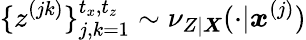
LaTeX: \{ z^{(jk)}\} _{j,k=1}^{t_{x},t_{z}}\sim\nu_{Z|\boldsymbol{X}}(\cdot|\boldsymbol{x}^{(j)})